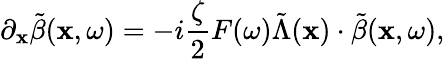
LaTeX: \partial_{\mathbf{x}}\tilde{{\beta}}(\mathbf{x},\omega)=-i\frac{{\zeta}}{{2}}F(\omega)\tilde{{\Lambda}}(\mathbf{x})\cdot\tilde{{\beta}}(\mathbf{x},\omega),